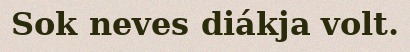
Sok neves diákja volt.